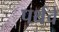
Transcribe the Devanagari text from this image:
पर्थचे